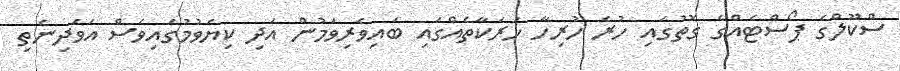
ސްކޫލްގެ ޕޯސްޓެއްގެ ގޮތުގައި ހުރެ ހުރިހާ ހަރަކާތެއްގައި ބައިވެރިވަމުން އަދި ކިޔެވުމުގައިވެސް އަވަދިނެތި